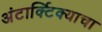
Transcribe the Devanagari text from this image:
अंटार्क्टिक्याचा